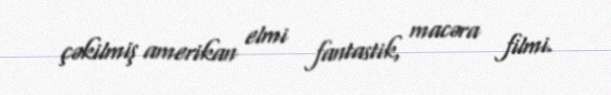
çəkilmiş amerikan elmi fantastik, macəra filmi.